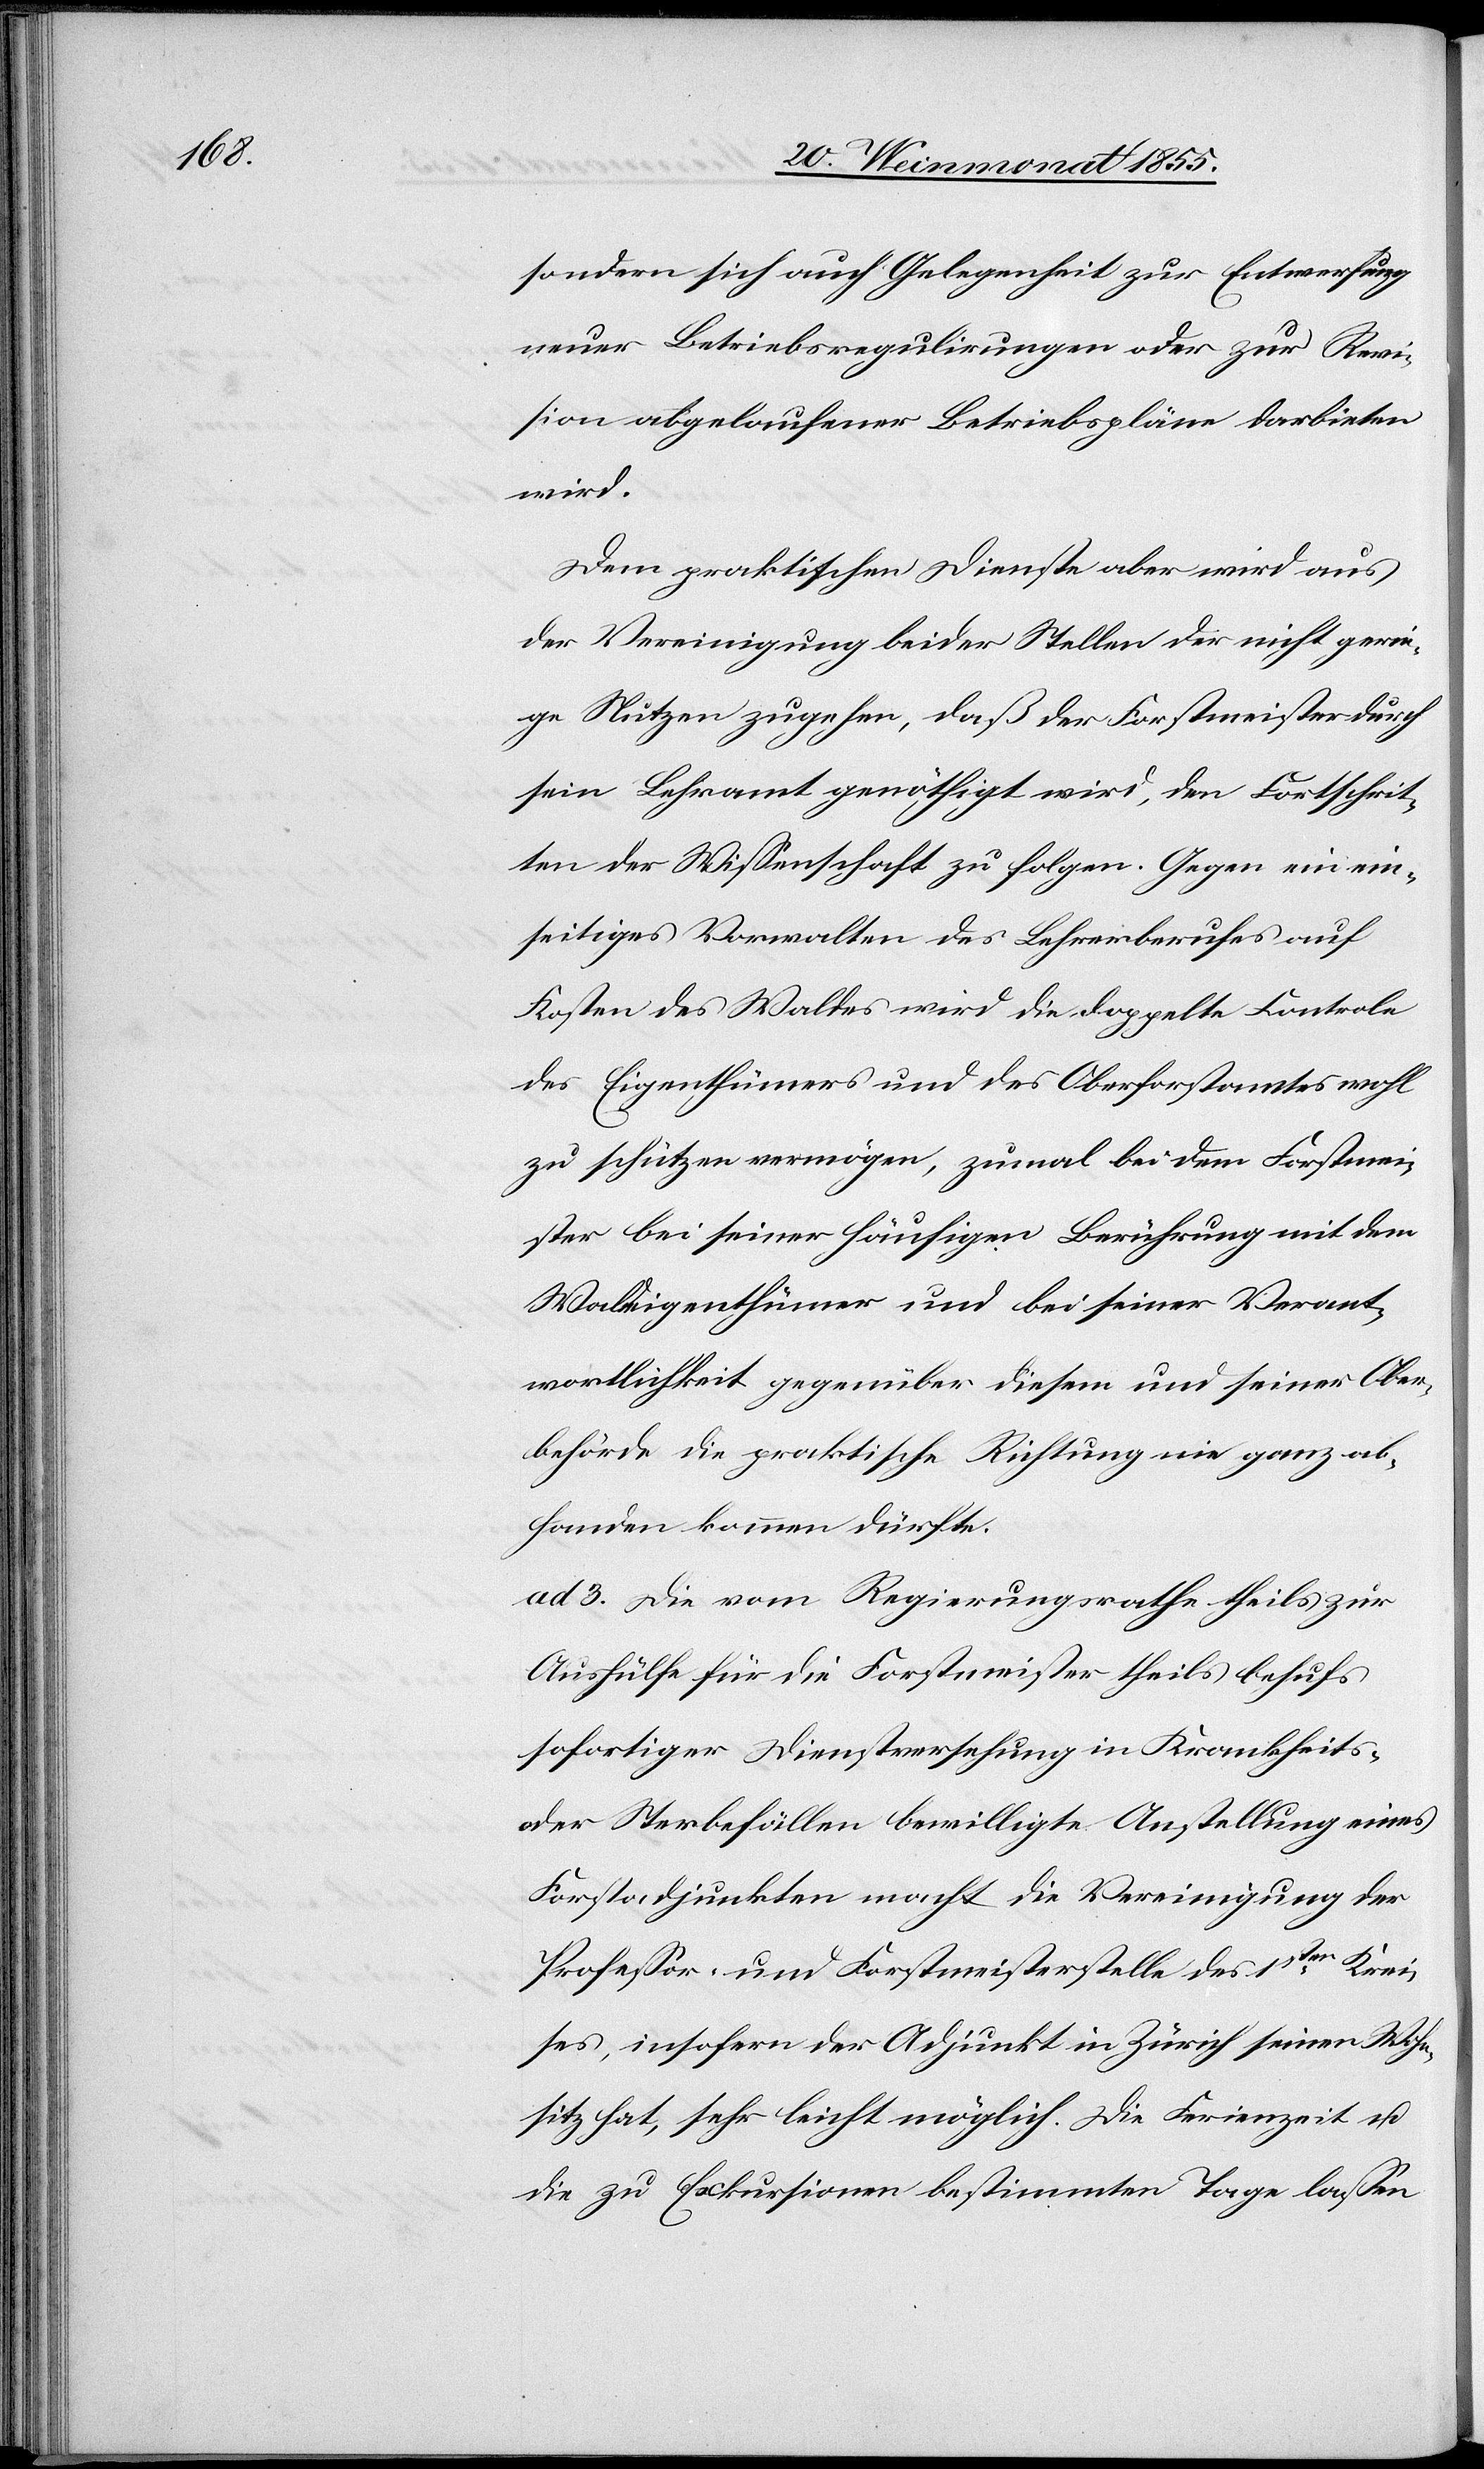
sondern sich auch Gelegenheit zur Entwerfung
neuer Betriebsregulirungen oder zur Revi¬
sion abgelaufener Betriebspläne darbieten
wird.
Dem praktischen Dienste aber wird aus
der Vereinigung beider Stellen der nicht gerin¬
ge Nutzen zugehen, daß der Forstmeister durch
sein Lehramt genöthigt wird, den Fortschrit¬
ten der Wissenschaft zu folgen. Gegen ein ein¬
seitiges Vorwalten des Lehrerberufes auf
Kosten des Waldes wird die doppelte Controle
des Eigenthümers und des Oberforstamtes wohl
zu schützen vermögen, zumal bei dem Forstmei¬
ster bei seiner häufigen Berührung mit dem
Waldeigenthümer und bei seiner Verant¬
wortlichkeit gegenüber diesem und seiner Ober¬
behörde die praktische Richtung nie ganz ab¬
handen kommen dürfte.
ad 3. Die vom Regierungsrathe theils zur
Aushülfe für die Forstmeister theils behufs
sofortiger Dienstversehung in Krankheits-
oder Sterbefällen bewilligte Anstellung eines
Forstadjunkten macht die Vereinigung der
Professor- und Forstmeisterstelle des 1sten Krei¬
ses, insofern der Adjunkt in Zürich seinen Wohn¬
sitz hat, sehr leicht möglich. Die Ferienzeit u.
die zu Exkursionen bestimmten Tage lassen